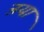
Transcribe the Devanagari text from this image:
ऩया